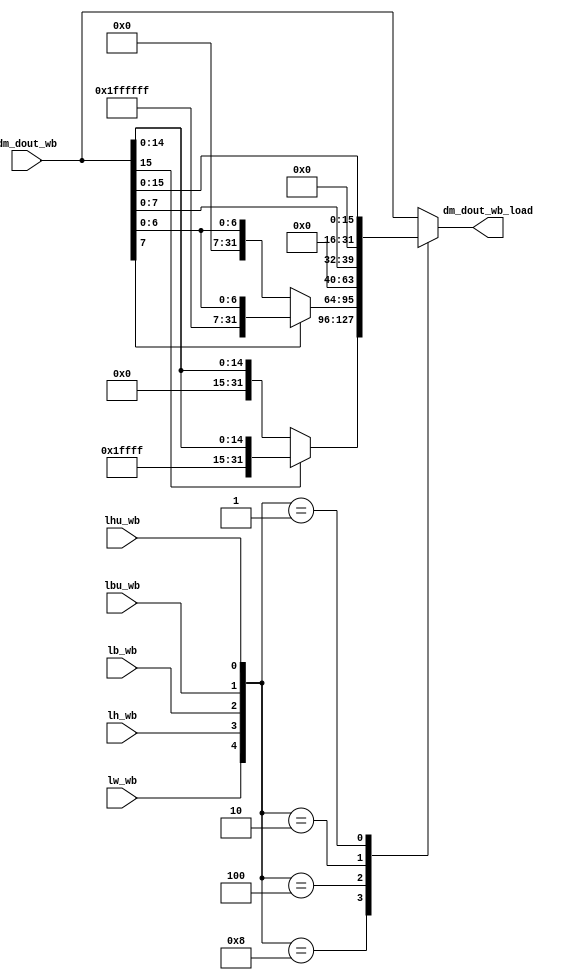
`timescale 1ns / 1ps

module dm_dout_wb_sel(
input lb_wb,
input lw_wb,
input lh_wb,
input lbu_wb,
input lhu_wb,
input [31:0] dm_dout_wb,
output reg [31:0] dm_dout_wb_load
);

always @(*) begin
    case({lw_wb,lh_wb,lb_wb,lbu_wb,lhu_wb})
        5'b10000:dm_dout_wb_load=dm_dout_wb;
        5'b01000:begin
            if(dm_dout_wb[15]) dm_dout_wb_load={16'hFFFF,dm_dout_wb[15:0]};
            else dm_dout_wb_load={16'b0,dm_dout_wb[15:0]};
        end
        5'b00100:begin
            if(dm_dout_wb[7]) dm_dout_wb_load={28'hFFFFFFF,dm_dout_wb[7:0]};
            else dm_dout_wb_load={28'b0,dm_dout_wb[7:0]};
        end
        5'b00010: dm_dout_wb_load={28'b0,dm_dout_wb[7:0]};
        5'b00001: dm_dout_wb_load={16'b0,dm_dout_wb[15:0]};
        default: dm_dout_wb_load=dm_dout_wb;
    endcase
end
endmodule